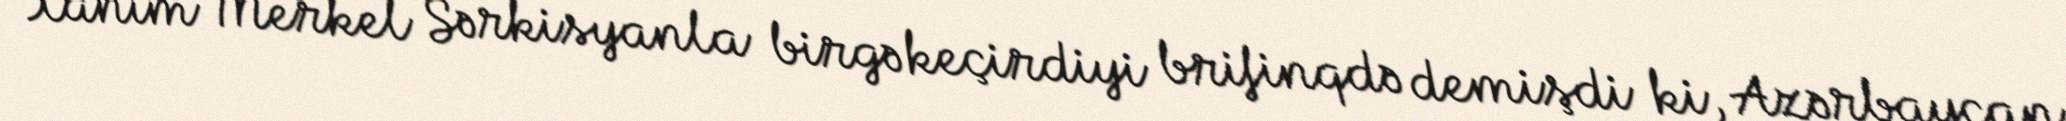
Xanım Merkel Sərkisyanla birgə keçirdiyi brifinqdə demişdi ki, Azərbaycan